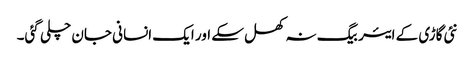
نئی گاڑی کے ایئر بیگ نہ کھل سکے اور ایک انسانی جان چلی گئی۔